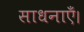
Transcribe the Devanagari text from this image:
साधनाएँ।